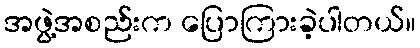
အဖွဲ့အစည်းက ပြောကြားခဲ့ပါတယ်။